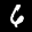
Label: 6